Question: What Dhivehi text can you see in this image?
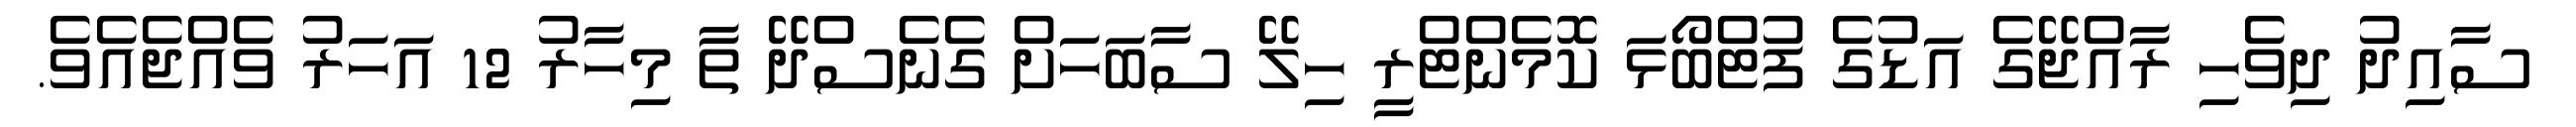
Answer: ސާއިދު ދިވެހި ރާއްޖޭގެ އަޑުގެ ފުޓްބޯޅަ ކޮމެންޓްރީ ހިލޭ ސާބަހަށް ގެނެސްދޭ ތާ މިހާރު 12 އަހަރު ވެއްޖެއެވެ.